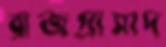
রাজপ্রাসাদ